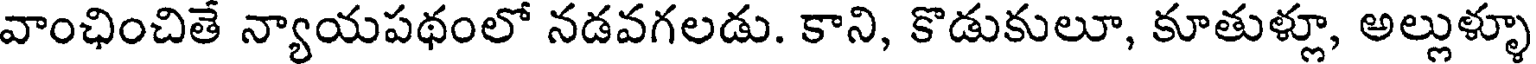
వాంఛించితే న్యాయపథంలో నడవగలడు. కాని, కొడుకులూ, కూతుళ్లూ, అల్లుళ్ళూ